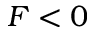
F < 0